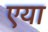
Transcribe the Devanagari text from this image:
एया